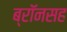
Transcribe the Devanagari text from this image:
ब्रॉनसह